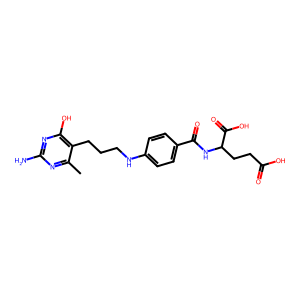
SMILES: Cc1nc(N)nc(O)c1CCCNc1ccc(C(=O)NC(CCC(=O)O)C(=O)O)cc1
Inhibits HIV replication: No